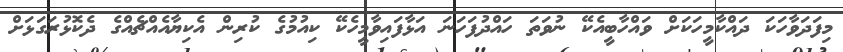
މިފަދަވާހަކަ ދައްކާމީހަކަށް ވައްހާބީއެކޭ ނުވަތަ ހައްދުފަހަނަ އަޅާފައިވާމީހެކޭ ކިއުމުގެ ކުރިން އެކިޔާއެއްޗެއްގެ ދެކޮޅުރަގަޅަށް